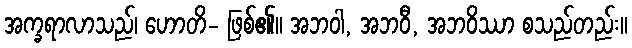
အက္ခရာလာသည်၊ ဟောတိ- ဖြစ်၏။ အဘဝါ, အဘဝီ, အဘဝိဿာ စသည်တည်း။